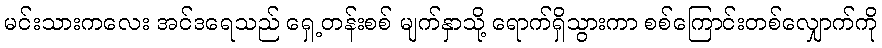
မင်းသားကလေး အင်ဒရေသည် ရှေ့တန်းစစ် မျက်နှာသို့ ရောက်ရှိသွားကာ စစ်ကြောင်းတစ်လျှောက်ကို